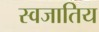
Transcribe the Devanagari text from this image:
स्वजातिय